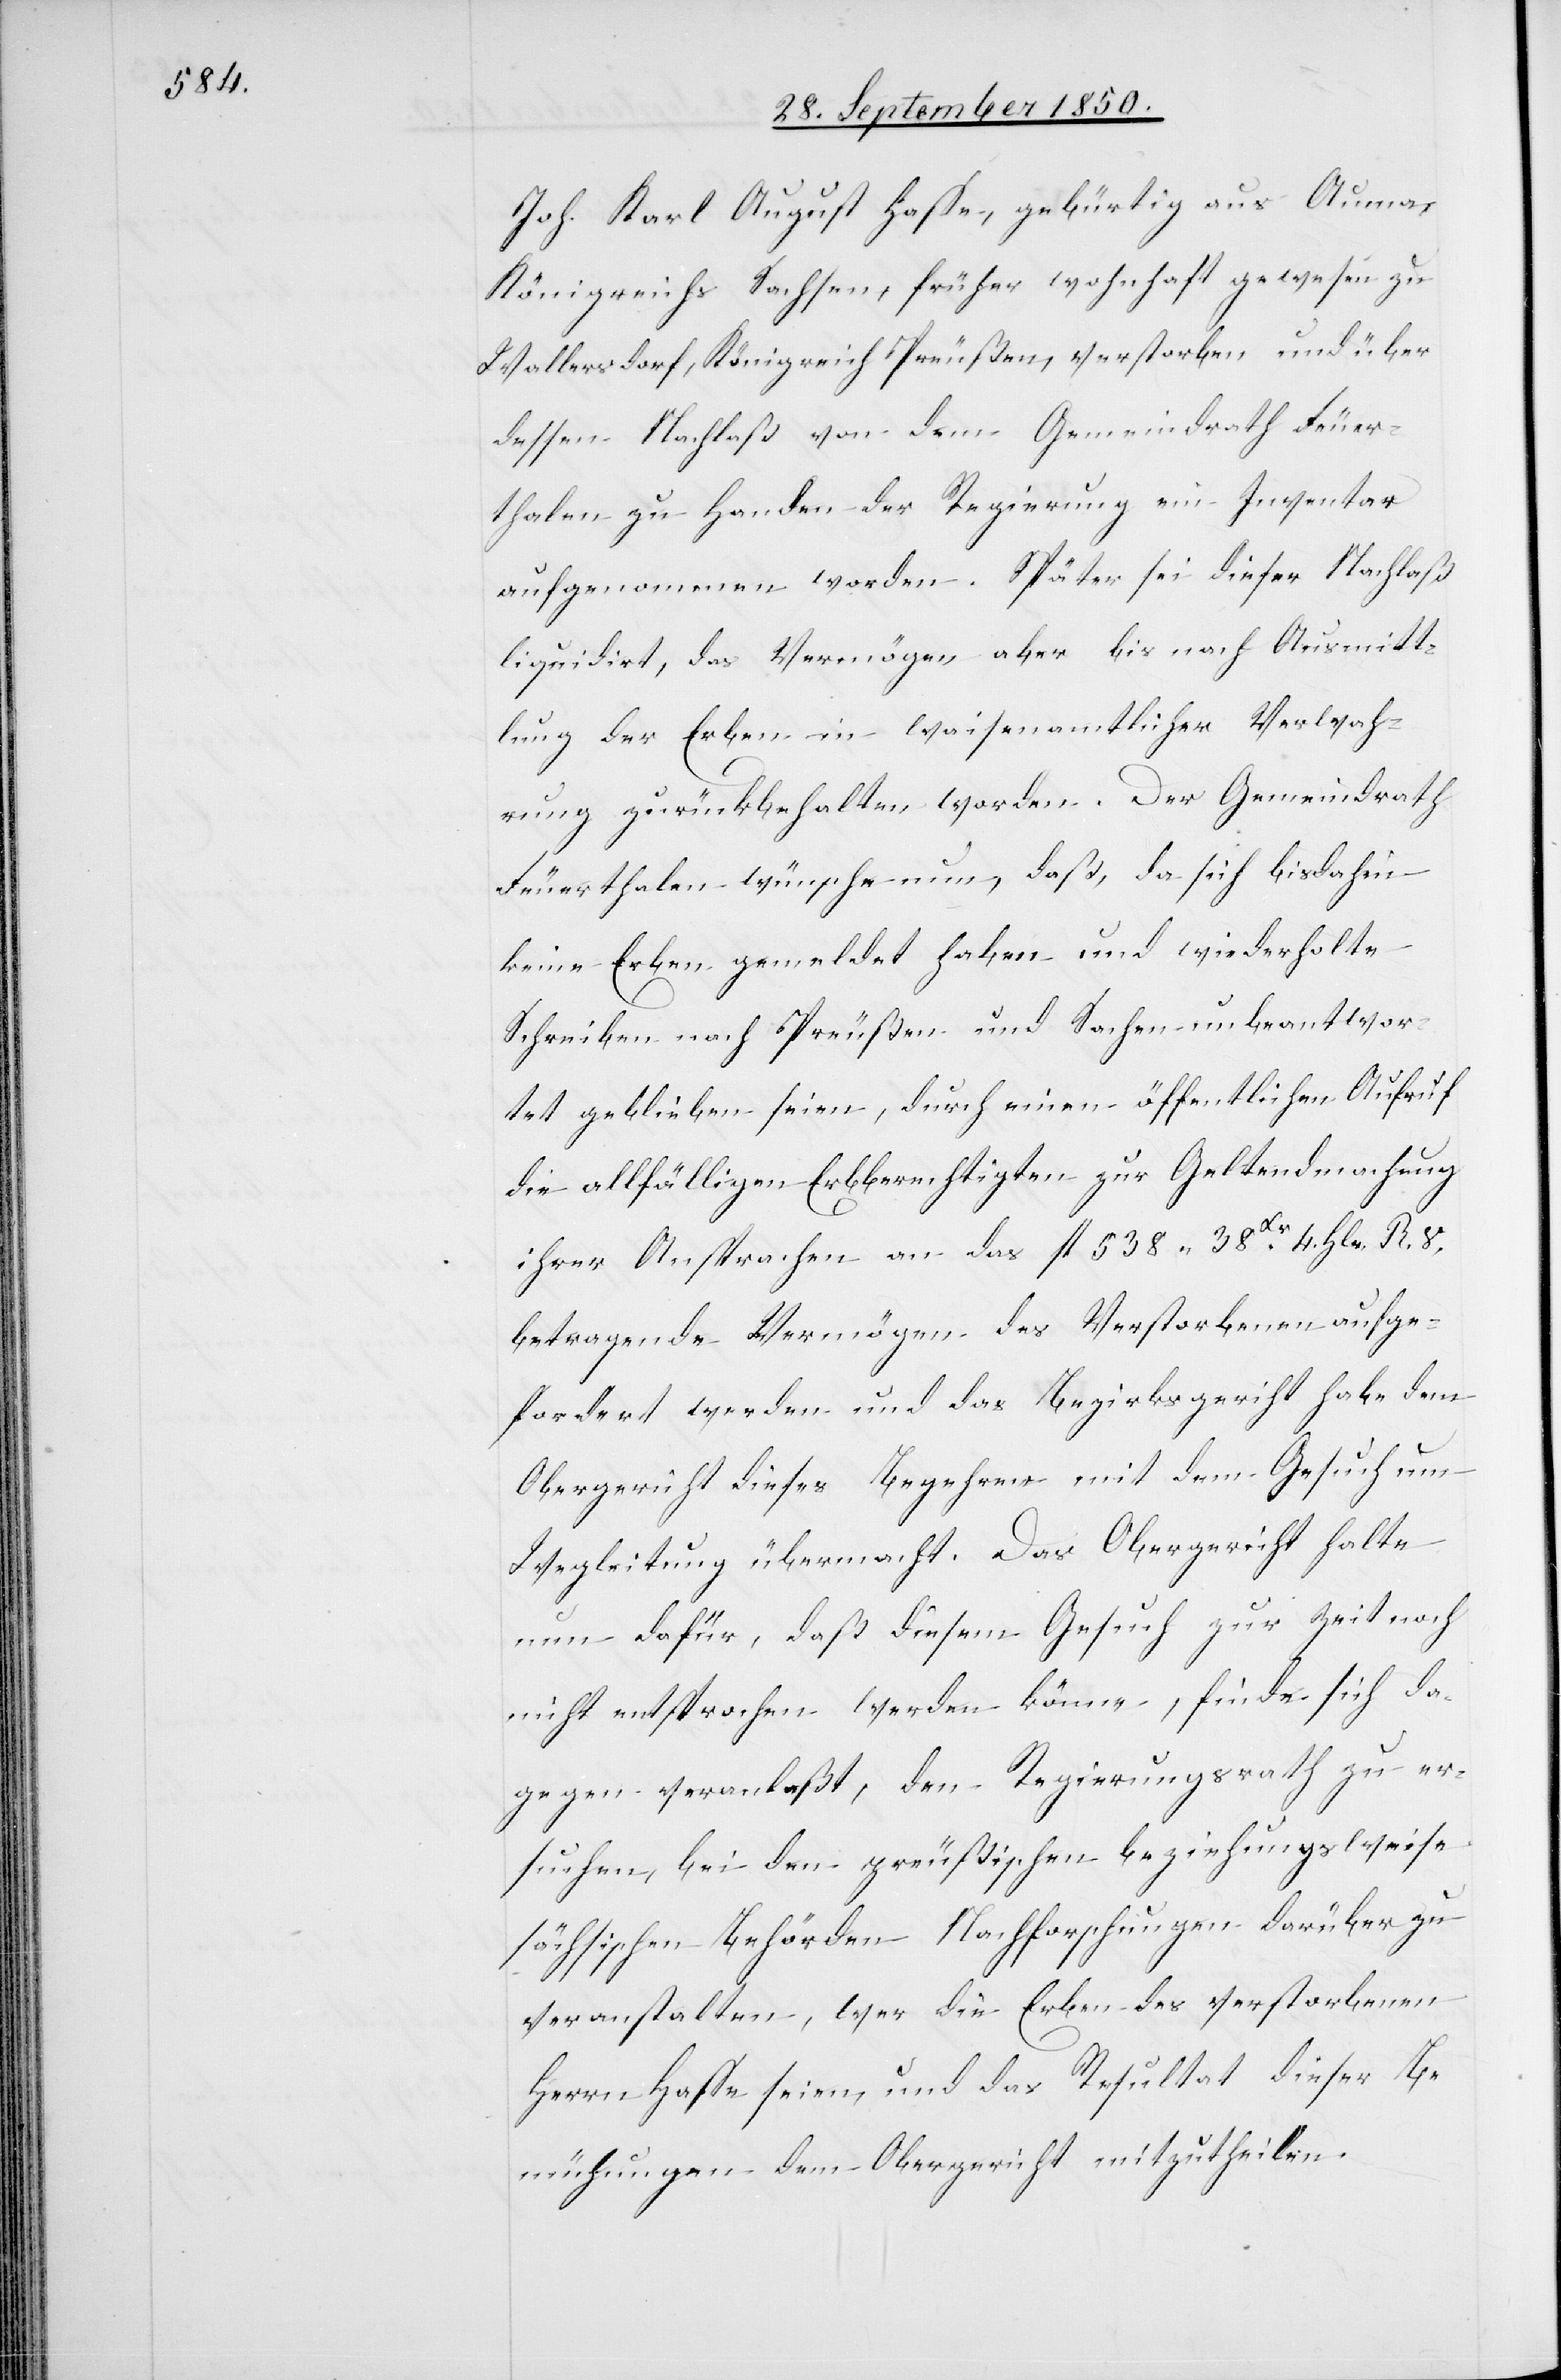
Joh. Karl August Hasse, gebürtig aus Auma,
Königreichs Sachsen, früher wohnhaft gewesen zu
Wallersdorf, Königreich Preußen, verstorben und über
dessen Nachlaß von dem Gemeindrath Feuer¬
thalen zu Handen der Regierung ein Inventar
aufgenommen worden. Später sei dieser Nachlaß
liquidirt, das Vermögen aber bis nach Ausmitt¬
lung der Erben in waisenamtlicher Verwah¬
rung zurückbehalten worden. Der Gemeindrath
Feuerthalen wünsche nun, daß, da sich bisdahin
keine Erben gemeldet haben und wiederholte
Schreiben nach Preußen und Sachsen unbeantwor¬
tet geblieben seien, durch einen öffentlichen Aufruf
die allfälligen Erbberechtigten zur Geltendmachung
ihrer Ansprachen an das fl 538 38 Xr 4. Hlr. R. V,
betragende Vermögen des Verstorbenen aufge¬
fordert werden und das Bezirksgericht habe dem
Obergericht dieses Begehren mit dem Gesuch um
Wegleitung übermacht. Das Obergericht halte
nun dafür, daß diesem Gesuch zur Zeit noch
nicht entsprochen werden könne, finde sich da¬
gegen veranlaßt, den Regierungsrath zu er¬
suchen, bei den preußischen beziehungsweise
sächsischen Behörden Nachforschungen darüber zu
veranstalten, wer die Erben des verstorbenen
Herrn Hasse seien, und das Resultat dieser Be¬
mühungen dem Obergericht mitzutheilen.